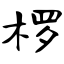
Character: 椤